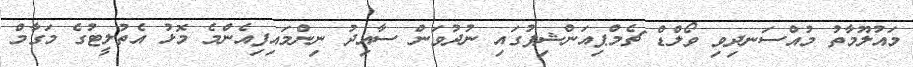
މައުލޫމާތު މުއްސަނދިވި ވޯލްޑް ޗެމްޕިއަންޝިޕުގައި ނުދުވަން ސާއިދު ނިންމައިފިއެންމެ މޮޅު އެތުލީޓުގެ މަގާމް